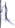
Text: R